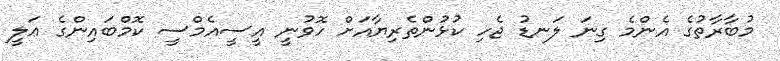
މުބާރާތުގެ އެންމެ ގިނަ ލަނޑު ޖެހި ކުޅުންތެރިޔާއަށް ހޮވުނީ އީސީއެމްސީ ކޮމްބައިންގެ ޢަލީ